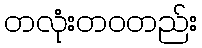
တလုံးတဝတည်း